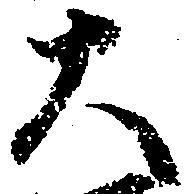
大